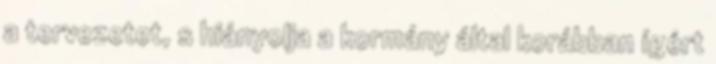
a tervezetet, s hiányolja a kormány által korábban ígért